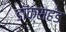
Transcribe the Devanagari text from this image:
डॉक्सहंड